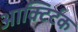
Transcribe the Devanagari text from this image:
आक्टिर्टक